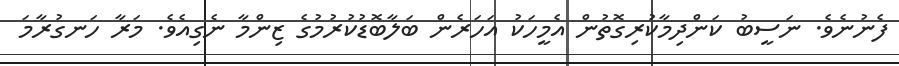
ފެނުނެވެ. ނަސީބު ކަންދިމާކުރިގޮތުން އެމީހަކު އަހަރެން ބަލާބޮޑުކުރުމުގެ ޒިންމާ ނެގިއެވެ. މަރާ ހަނގުރާމަ